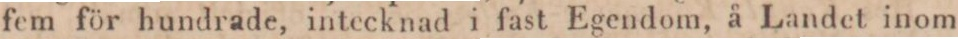
fem för hundrade, intecknad i fast Egendom, å Landet inom